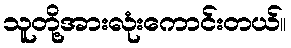
သူတို့အားလုံးကောင်းတယ်။